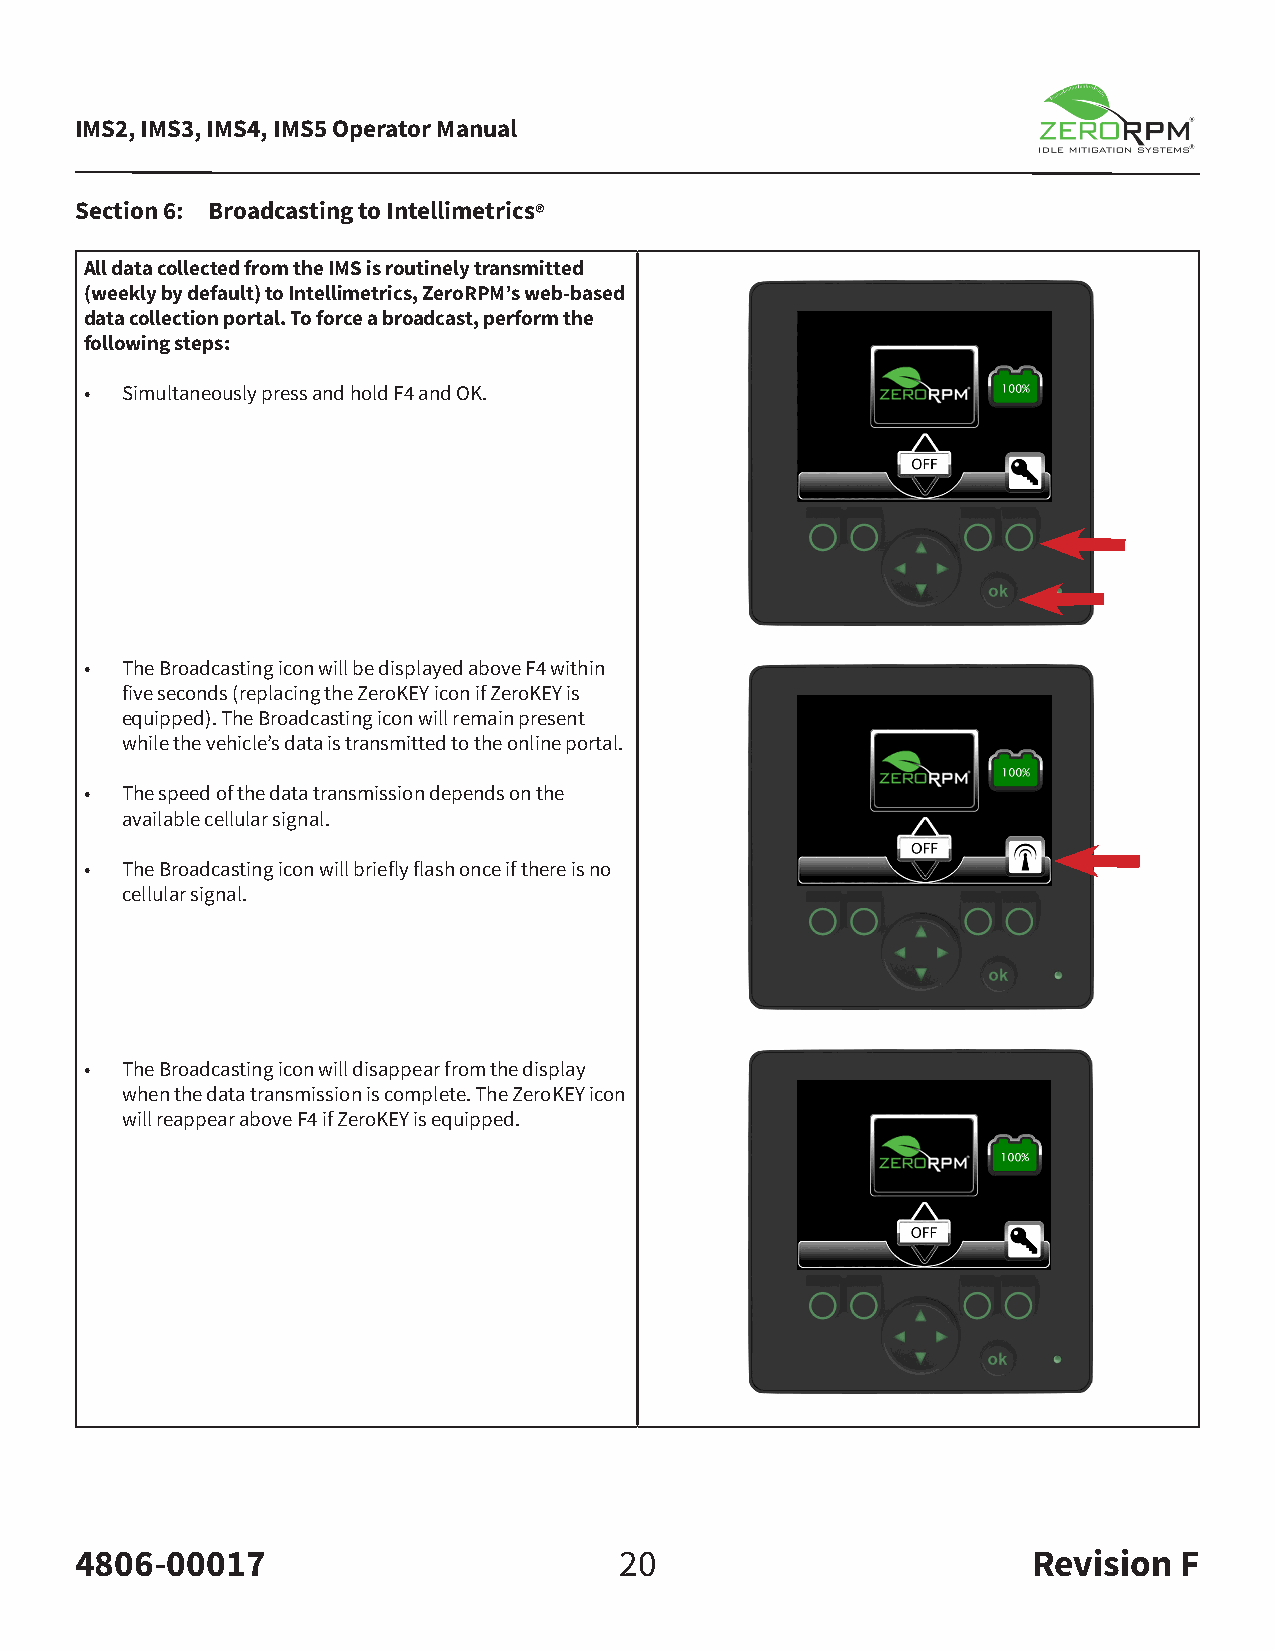
IMS2, IMS3, IMS4, IMS5 Operator Manual
 Section 6: Broadcasting to Intellimetrics®
 All data collected from the IMS is routinely transmitted
 (weekly by default) to Intellimetrics, ZeroRPM’s web-based
 data collection portal. To force a broadcast, perform the
 following steps:
 • Simultaneously press and hold F4 and OK.
 • The Broadcasting icon will be displayed above F4 within
 five seconds (replacing the ZeroKEY icon if ZeroKEY is
 equipped). The Broadcasting icon will remain present
 while the vehicle’s data is transmitted to the online portal.
 • The speed of the data transmission depends on the
 available cellular signal.
 • The Broadcasting icon will briefly flash once if there is no
 cellular signal.
 • The Broadcasting icon will disappear from the display
 when the data transmission is complete. The ZeroKEY icon
 will reappear above F4 if ZeroKEY is equipped.
 4806-00017                          20                         Revision  F